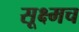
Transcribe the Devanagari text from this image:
सूक्ष्मच